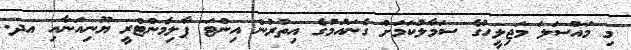
މި މައްސަލަ މަޖިލީހުގެ ސަމާލުކަމަށް ގެނައުމުގެ އިތުރުން އިިންޓަ ޕާލިމެންޓްރީ ޔޫނިއަނާއި އދ.